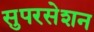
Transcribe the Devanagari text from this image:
सुपरसेशन